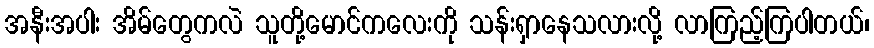
အနီးအပါး အိမ်တွေကလဲ သူတို့မောင်ကလေးကို သန်းရှာနေသလားလို့ လာကြည့်ကြပါတယ်၊